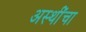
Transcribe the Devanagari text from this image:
अस्थींचा